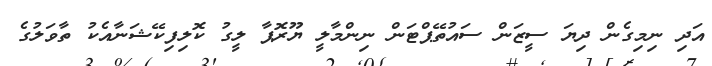
އަދި ނިމިގެން ދިޔަ ސީޒަން ސައުތޭޕްޓަން ނިންމާލީ ޔޫރޮޕާ ލީގު ކޮލިފިކޭޝަނާއެކު ތާވަލުގެ